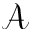
\mathcal { A }